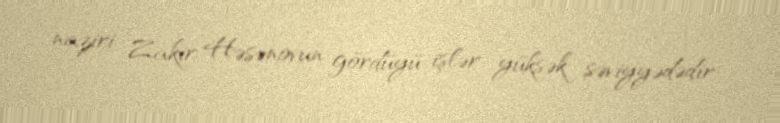
naziri Zakir Həsənovun gördüyü işlər yüksək səviyyədədir.